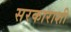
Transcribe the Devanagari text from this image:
सरकाराशी